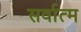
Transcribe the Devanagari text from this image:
सर्वात्म